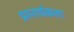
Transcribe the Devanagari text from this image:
प्रश्‍नार्थकता